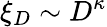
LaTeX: \xi_{D}\sim D^{\kappa}